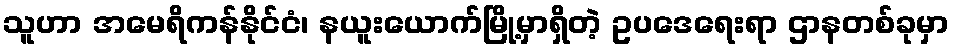
သူဟာ အမေရိကန်နိုင်ငံ၊ နယူးယောက်မြို့မှာရှိတဲ့ ဥပဒေရေးရာ ဌာနတစ်ခုမှာ